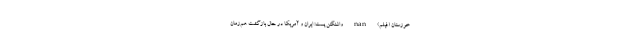
خوزستان (فیلم) nan واشنگتن پست: ایران و آمریکا در حال بازگشت هم‌زمان